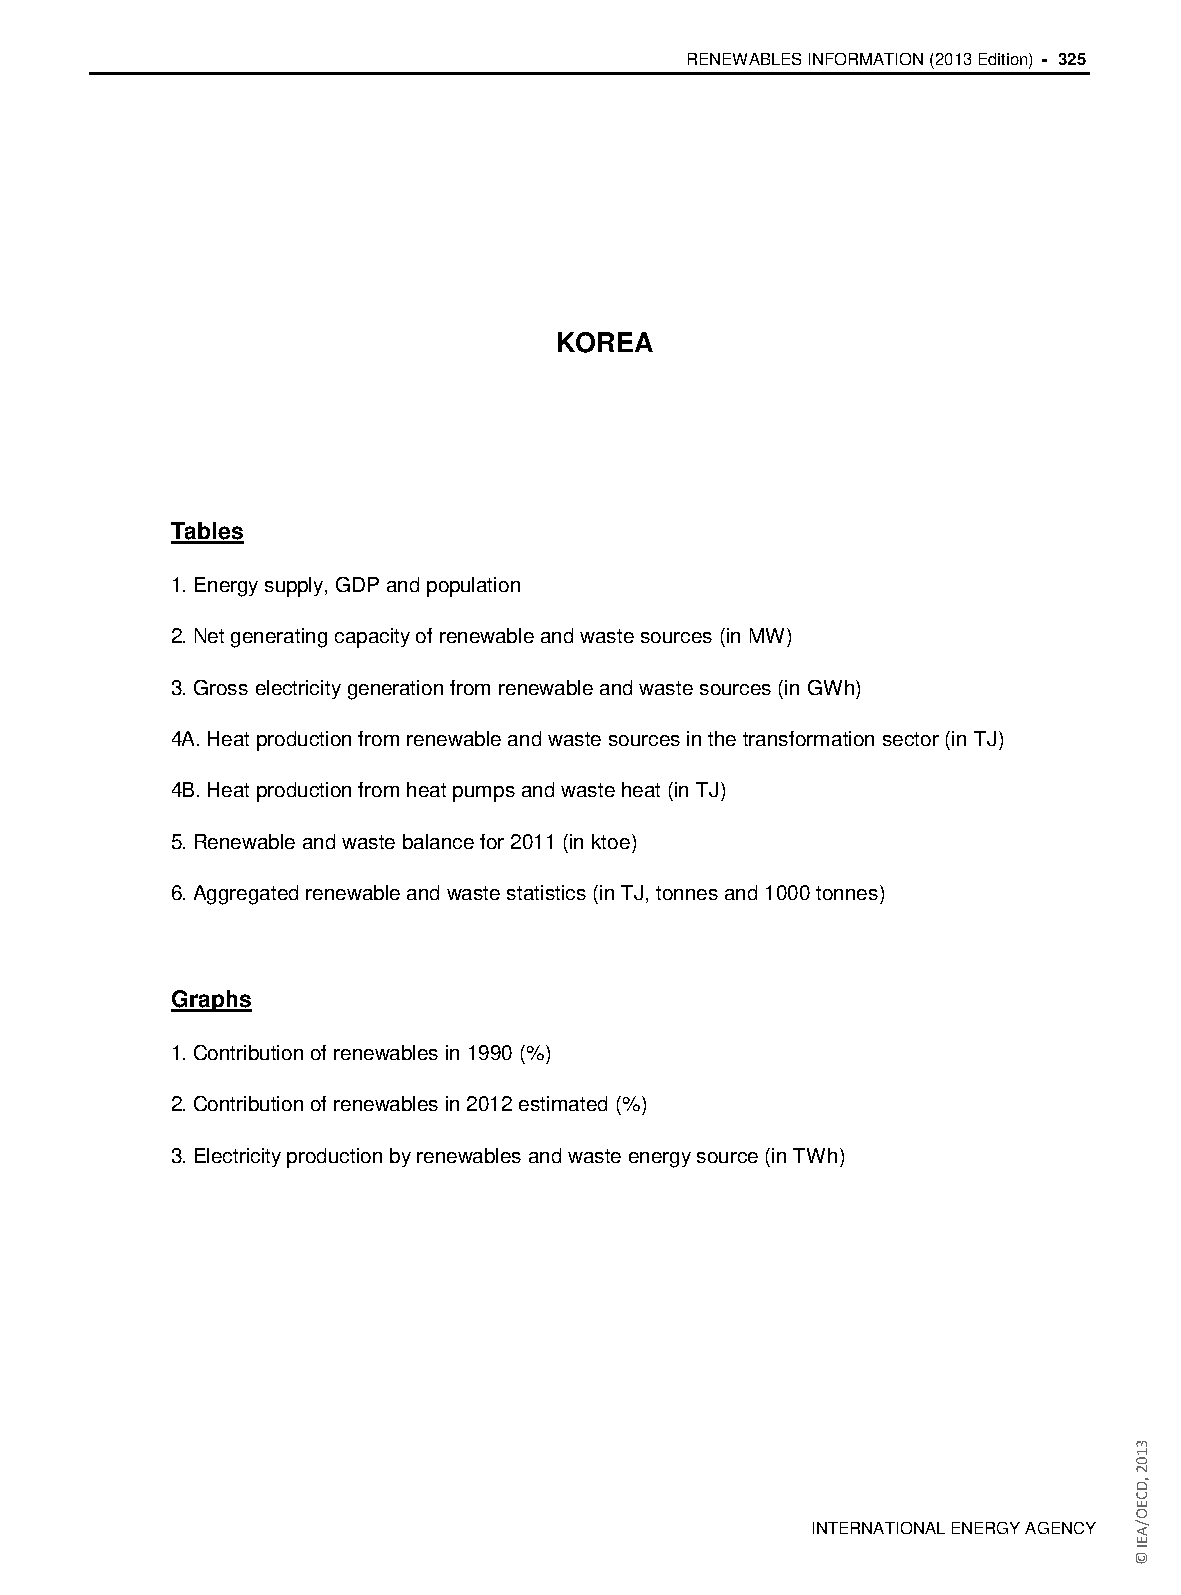
RENEWABLES INFORMATION (2013 Edition) - 325
 KOREA
 Tables
 1. Energy supply, GDP and population
 2. Net generating capacity of renewable and waste sources (in MW)
 3. Gross electricity generation from renewable and waste sources (in GWh)
 4A. Heat production from renewable and waste sources in the transformation sector (in TJ)
 4B. Heat production from heat pumps and waste heat (in TJ)
 5. Renewable and waste balance for 2011 (in ktoe)
 6. Aggregated renewable and waste statistics (in TJ, tonnes and 1000 tonnes)
 Graphs
 1. Contribution of renewables in 1990 (%)
 2. Contribution of renewables in 2012 estimated (%)
 3. Electricity production by renewables and waste energy source (in TWh)
 INTERNATIONAL ENERGY AGENCY
 3102
 ,DCEO/AEI
 ©